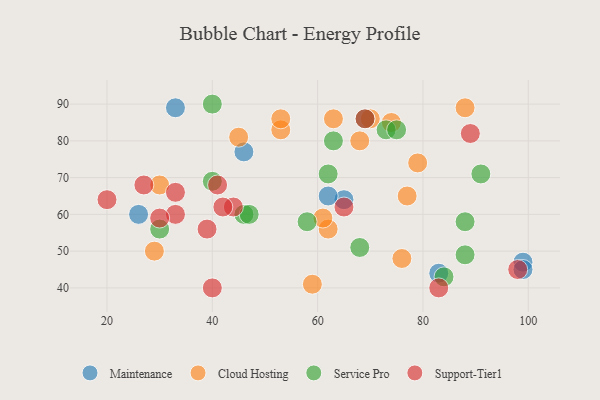
{"axis": {"x": "GDP", "y": "Life Expectancy"}, "legend": ["Cloud Hosting", "Maintenance", "Service Pro", "Support-Tier1"], "data": [{"x": "46", "y": 77, "type": "Maintenance"}, {"x": "99", "y": 47, "type": "Maintenance"}, {"x": "26", "y": 60, "type": "Maintenance"}, {"x": "65", "y": 64, "type": "Maintenance"}, {"x": "83", "y": 44, "type": "Maintenance"}, {"x": "62", "y": 65, "type": "Maintenance"}, {"x": "33", "y": 89, "type": "Maintenance"}, {"x": "99", "y": 45, "type": "Maintenance"}, {"x": "30", "y": 68, "type": "Cloud Hosting"}, {"x": "70", "y": 86, "type": "Cloud Hosting"}, {"x": "45", "y": 81, "type": "Cloud Hosting"}, {"x": "29", "y": 50, "type": "Cloud Hosting"}, {"x": "53", "y": 83, "type": "Cloud Hosting"}, {"x": "62", "y": 56, "type": "Cloud Hosting"}, {"x": "63", "y": 86, "type": "Cloud Hosting"}, {"x": "74", "y": 85, "type": "Cloud Hosting"}, {"x": "53", "y": 86, "type": "Cloud Hosting"}, {"x": "68", "y": 80, "type": "Cloud Hosting"}, {"x": "77", "y": 65, "type": "Cloud Hosting"}, {"x": "76", "y": 48, "type": "Cloud Hosting"}, {"x": "59", "y": 41, "type": "Cloud Hosting"}, {"x": "61", "y": 59, "type": "Cloud Hosting"}, {"x": "79", "y": 74, "type": "Cloud Hosting"}, {"x": "88", "y": 89, "type": "Cloud Hosting"}, {"x": "40", "y": 90, "type": "Service Pro"}, {"x": "88", "y": 49, "type": "Service Pro"}, {"x": "46", "y": 60, "type": "Service Pro"}, {"x": "84", "y": 43, "type": "Service Pro"}, {"x": "91", "y": 71, "type": "Service Pro"}, {"x": "40", "y": 69, "type": "Service Pro"}, {"x": "58", "y": 58, "type": "Service Pro"}, {"x": "73", "y": 83, "type": "Service Pro"}, {"x": "47", "y": 60, "type": "Service Pro"}, {"x": "68", "y": 51, "type": "Service Pro"}, {"x": "88", "y": 58, "type": "Service Pro"}, {"x": "63", "y": 80, "type": "Service Pro"}, {"x": "30", "y": 56, "type": "Service Pro"}, {"x": "69", "y": 86, "type": "Service Pro"}, {"x": "75", "y": 83, "type": "Service Pro"}, {"x": "62", "y": 71, "type": "Service Pro"}, {"x": "89", "y": 82, "type": "Support-Tier1"}, {"x": "40", "y": 40, "type": "Support-Tier1"}, {"x": "27", "y": 68, "type": "Support-Tier1"}, {"x": "65", "y": 62, "type": "Support-Tier1"}, {"x": "98", "y": 45, "type": "Support-Tier1"}, {"x": "33", "y": 60, "type": "Support-Tier1"}, {"x": "83", "y": 40, "type": "Support-Tier1"}, {"x": "33", "y": 66, "type": "Support-Tier1"}, {"x": "44", "y": 62, "type": "Support-Tier1"}, {"x": "41", "y": 68, "type": "Support-Tier1"}, {"x": "20", "y": 64, "type": "Support-Tier1"}, {"x": "30", "y": 59, "type": "Support-Tier1"}, {"x": "42", "y": 62, "type": "Support-Tier1"}, {"x": "69", "y": 86, "type": "Support-Tier1"}, {"x": "39", "y": 56, "type": "Support-Tier1"}]}